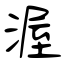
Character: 渥